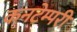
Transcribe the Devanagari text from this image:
कनटेम्परी